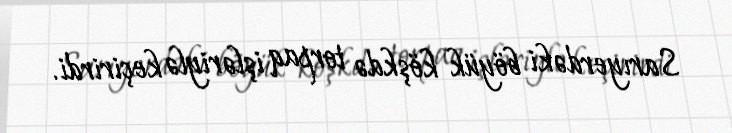
Sarıyerdəki böyük köşkdə torpaq işləriylə keçirirdi.